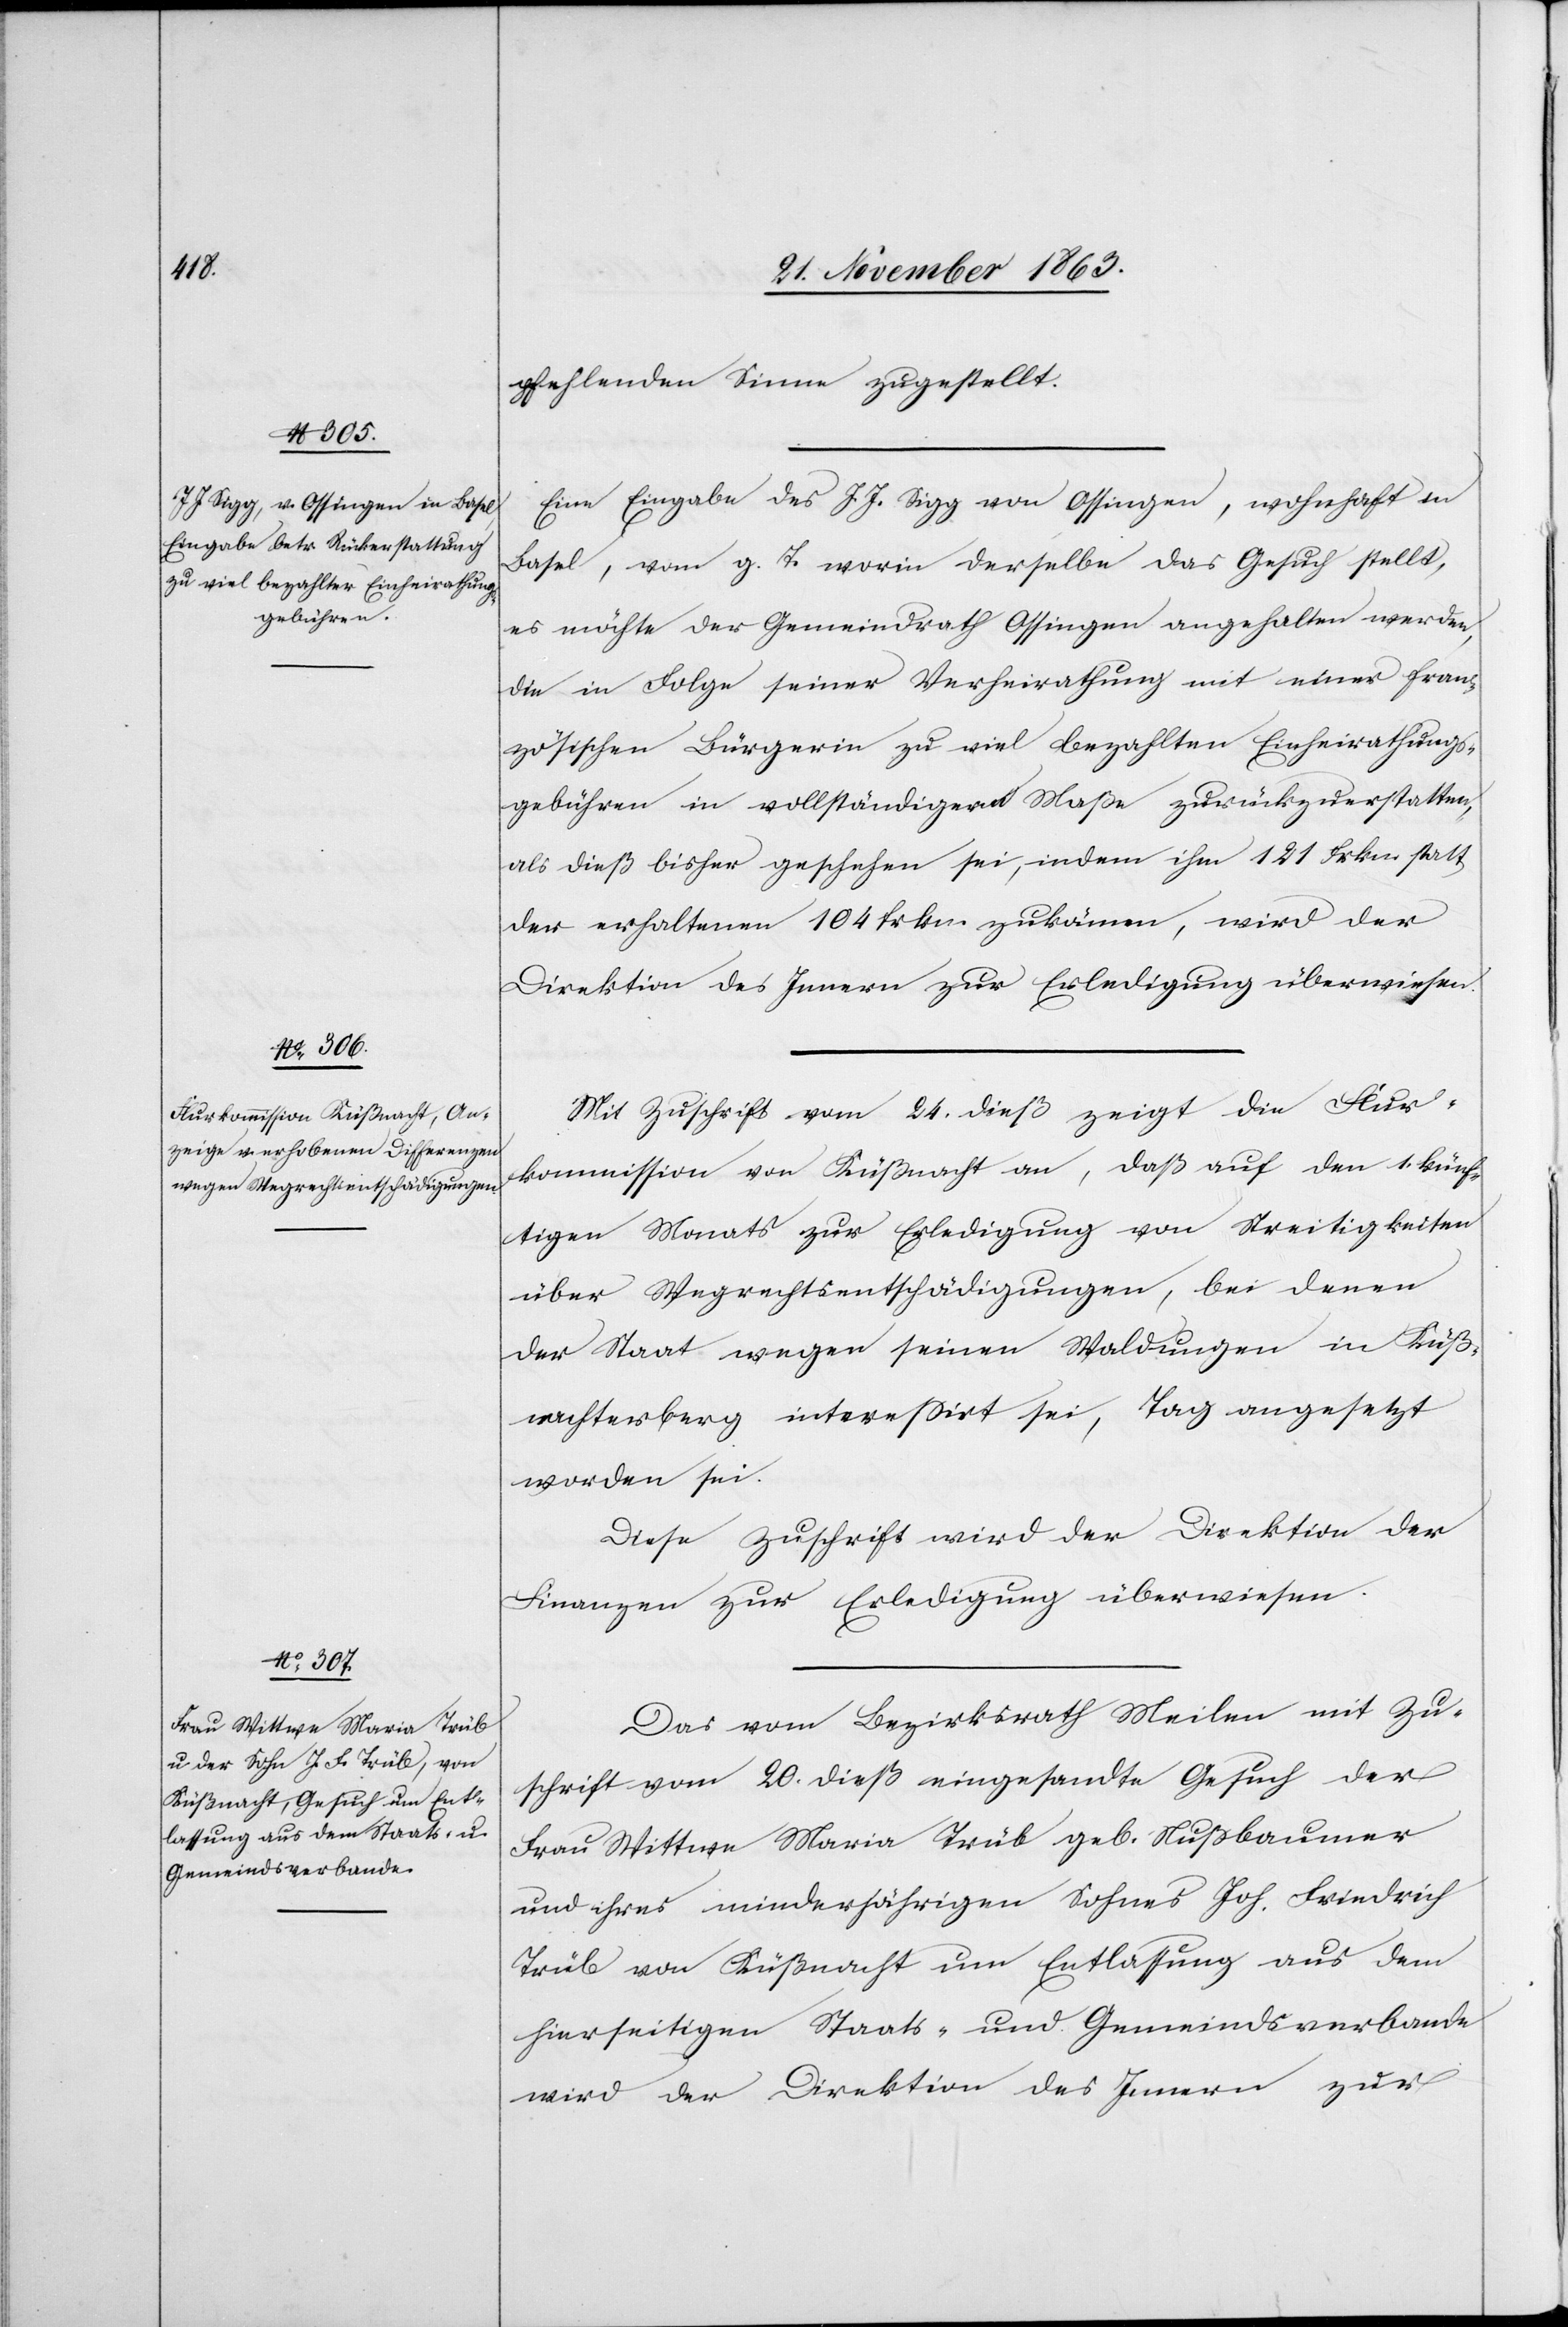
26. November 1863.]
pfehlenden Sinne zugestellt.
Eine Eingabe des J. J. Sigg von Ossingen, wohnhaft in
Basel, vom g. T. worin derselbe das Gesuch stellt,
es möchte der Gemeindrath Ossingen angehalten werden,
die in Folge seiner Verheirathung mit einer fran¬
zösischen Bürgerin zu viel bezahlten Einheirathungs¬
gebühren in vollständigem Maße zurückzuerstatten,
als dieß bisher geschehen sei, indem ihm 121 Frkn. statt
der erhaltenen 104 frkn. zukämen, wird der
Direktion des Innern zur Erledigung überwiesen.
Mit Zuschrift vom 24. dieß zeigt die Flur¬
kommission von Küßnacht an, daß auf den 1. künf¬
tigen Monats zur Erledigung von Streitigkeiten
über Wegrechtsentschädigungen, bei denen
der Staat wegen seinen Waldungen in Küß¬
nachterberg interessirt sei, Tag angesetzt
worden sei.
Diese Zuschrift wird der Direktion der
Finanzen zur Erledigung überwiesen.
Das vom Bezirksrath Meilen mit Zu¬
schrift vom 20. dieß eingesandte Gesuch der
Frau Wittwe Maria Trüb geb. Nußbaumer
und ihres minderjährigen Sohnes Joh. Friedrich
Trüb von Küßnacht um Entlassung aus dem
hierseitigen Staats- und Gemeindsverbande
wird der Direktion des Innern zur